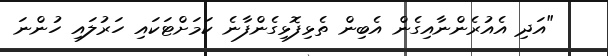
"އަދި އެއުރެންނާއިގެން އެބިން ތެޅިފޮޅިގެންފާނެ ކަމަށްޓަކައި ހަރުލައި ހުންނަ